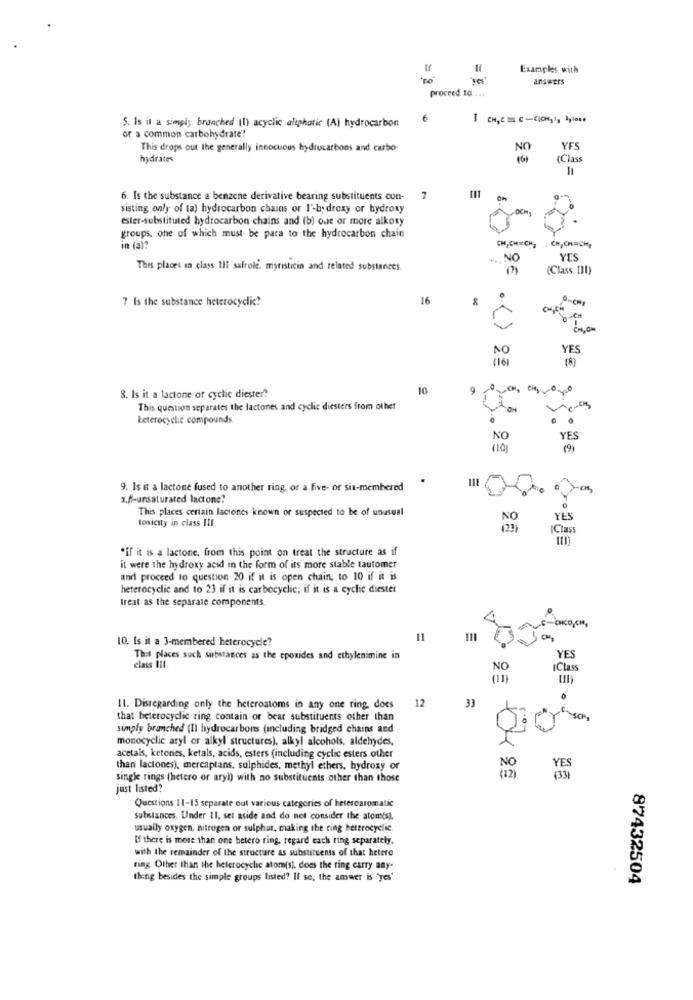
Examples with
answers
proceed to ....
6
1
5. Is it a simply branched (l) acyclic aliphatic (A) hydrocarbon
or a common carbohydrate!
This drops out the generally innocuous hydrocarbons and carbo-
YES
hydrates
(Class
6. Is the substance a benzene derivative bearing substituents con-
7
sisting only of ta) hydrocarbon chains or I'-hydroxy or hydroxy
ester-substituted hydrocarbon chains and (b) one or more alkony
groups, one of which must be para to the hydrocarbon chain
in (a):
CH,CHECH, . CH,CHECHE
NO
YES
This places in class Il1 safrole. myristicin and related substances.
(Class 111)
7 Is the substance heterocyclic!
16
.CH
CH,OM
NO
YES
(16)
10
8. Is it a lactone or cyclic diester?
This question separates the lactones and cyclic diesters from other
Leterocycle compounds.
NO
YES
(9)
9. Is it a lactone fused to another ring, or a five- of six-membered
z.f-unsaturated lactone!
This places certain laciones known or suspected to be of unusual
toxicity in class III.
YES
[Class
*if it is a lactone, from this point on treat the structure as if
it were the hydroxy acid in the form of its more stable tautomer
and proceed to question 20 if it is open chain, to 10 if it is
heterocyclic and to 23 if it is carbocyclic; if it is a cyclic diester
treat as the separate components
10. Is it a 3-membered heterocycle?
11
CH
This places such substances as the epoxides and ethylenimine in
YES
class III.
IClass
11. Disregarding only the heteroatoms in any one ring does
12
33
that heterocyclic ring contain or bear substituents other than
simply branched (Il hydrocarbons (including bridged chains and
monocyclic aryl or alkyl structures), alkyl alcohols, aldehydes,
acetals, ketones, ketals, acids, esters (including cyclic esters other
than lactones), mercaptans, sulphides, methyl ethers, hydroxy or
single rings (hetero or aryl) with no substituents other than those
just listed?
Questions 11-15 separate out various categories of heteroaromatic
substances. Under 11. set aside and do not consider the atom(s).
usually oxygen, nitrogen or sulphur, making the ring heterocyclic
If there is more than one hetero ring, regard each ting separately,
with the remainder of the structure as substituents of that hetere
ring. Other than the heterocyclic atom(s), does the ring carry any-
thing besides the simple groups listed? If so, the amwer is 'yes'
87432504